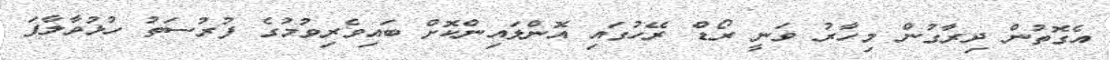
އެގޮތުން ދިރާގުން މިހާރު ވަނީ ރޯޑް ރޭހުގައި އޮންލައިންކޮށް ބައިވެރިވުމުގެ ފުރުސަތު ހުޅުވާލާފަ